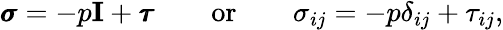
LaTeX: \begin{array}{r}{\pmb{\sigma}=-p\mathbf{I}+\pmb{\tau}\qquad\textnormal{or}\qquad\sigma_{ij}=-p\delta_{ij}+\tau_{ij},}\end{array}